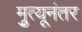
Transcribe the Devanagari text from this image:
मृुत्यूनंतर